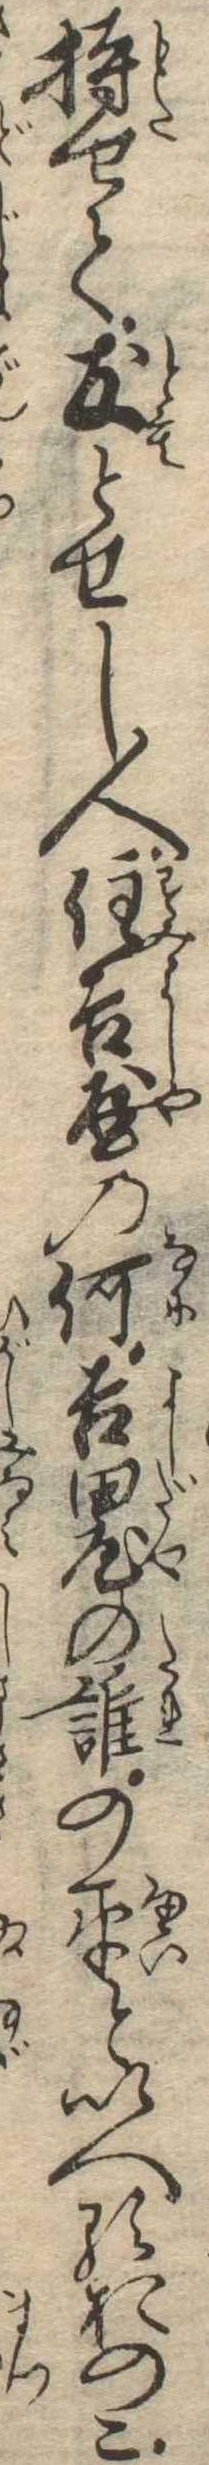
持せて友とせし人住吉屋の何吉田屋の誰の平といへるおのこ